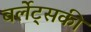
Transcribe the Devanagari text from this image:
बर्लेट्सकी